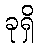
ခုရှိ